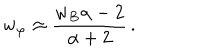
w _ { \varphi } \approx \frac { w _ { B } \alpha - 2 } { \alpha + 2 } \, .